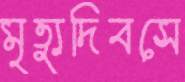
মৃত্যুদিবসে